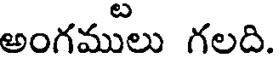
అంగములు గలది.